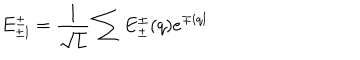
E _ { \pm l } ^ { \pm } = \frac { 1 } { \sqrt { L } } \sum E _ { \pm } ^ { \pm } ( q ) e ^ { \mp i q l }